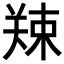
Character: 𪲿